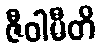
ဇီဝါမီတိ